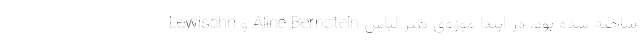
Lewisohn و Aline Bernstein ساخته شده بود، در ابتدا موزه‌ی هنر لباس